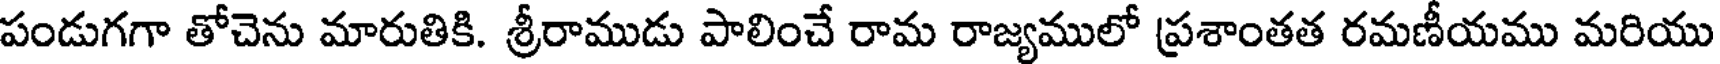
పండుగగా తోచెను మారుతికి. శ్రీరాముడు పాలించే రామ రాజ్యములో ప్రశాంతత రమణీయము మరియు